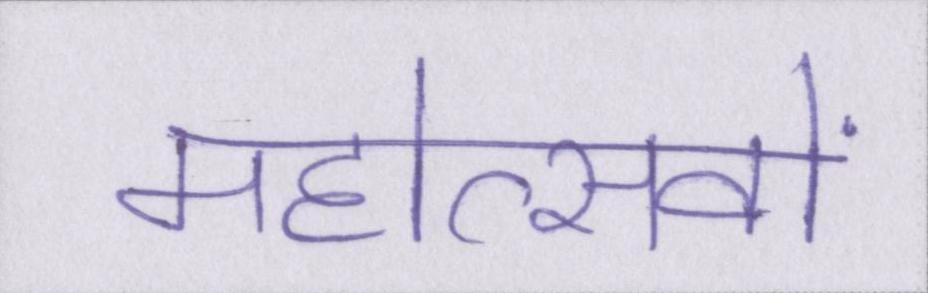
महोत्सवों